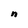
Character: n